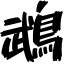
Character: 鵡